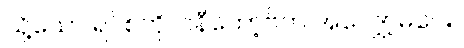
သို့သော် ရပ်စ်ကိုလ်နီကော့ဗ်က အလျှော့မပေး။